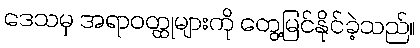
ဒေသမှ အရာဝတ္ထုများကို တွေ့မြင်နိုင်ခဲ့သည်။